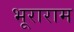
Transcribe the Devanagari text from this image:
भूराराम